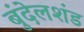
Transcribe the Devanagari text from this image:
बुंदेलशंड